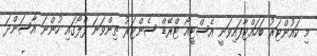
މި ކައުންޓަރު ބަހައްޓާފައިވަނީ އެސްޓީއޯ ޓްރޭޑް ސެންޓަރު ތިންވަނަ ފްލޯގައި ހުންނަ އާސަންދަ